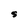
Character: S